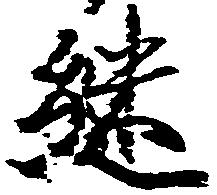
継